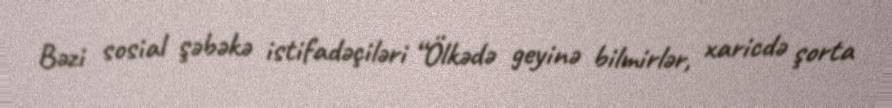
Bəzi sosial şəbəkə istifadəçiləri “Ölkədə geyinə bilmirlər, xaricdə şorta